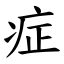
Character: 症